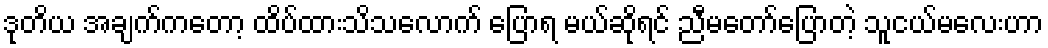
ဒုတိယ အချက်ကတော့ ထိပ်ထားသိသလောက် ပြောရ မယ်ဆိုရင် ညီမတော်ပြောတဲ့ သူငယ်မလေးဟာ